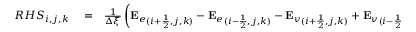
\begin{array} { r l r } { { R H S } _ { i , j , k } } & { { } = } & { \frac { 1 } { \Delta \xi } \left( { \mathbf { E } _ { e } } _ { ( i + \frac { 1 } { 2 } , j , k ) } - { \mathbf { E } _ { e } } _ { ( i - \frac { 1 } { 2 } , j , k ) } - { \mathbf { E } _ { v } } _ { ( i + \frac { 1 } { 2 } , j , k ) } + { \mathbf { E } _ { v } } _ { ( i - \frac { 1 } { 2 } , j , k ) } \right) } \end{array}